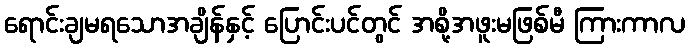
ရောင်းချမရသောအချိန်နှင့် ပြောင်းပင်တွင် အစို့အဖူးမဖြစ်မီ ကြားကာလ